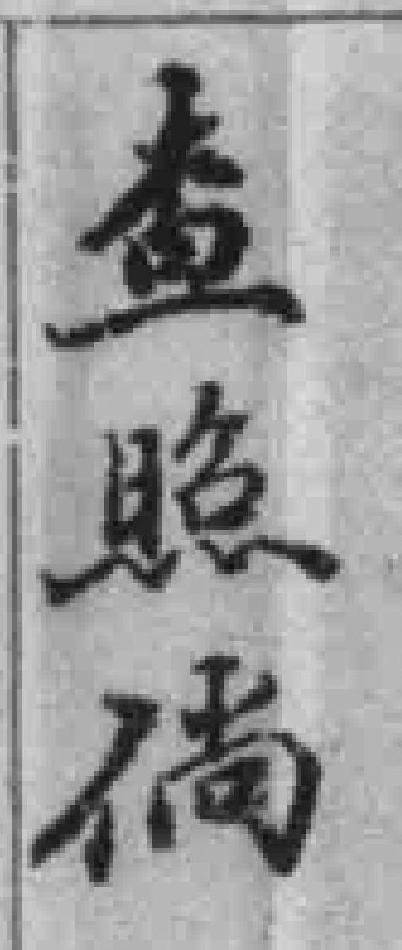
查照倘